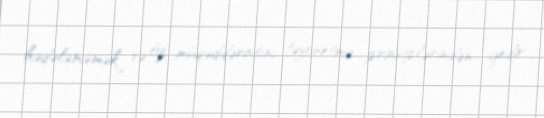
hədələməmək və öz müqəddəratını təyinetmə prinsiplərindən gedir.